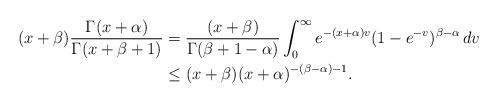
LaTeX: \begin{align*}(x+\beta)\frac{\Gamma(x+\alpha)}{\Gamma(x+\beta+1)}&=\frac{(x+\beta)}{\Gamma(\beta+1-\alpha)}\int_0^{\infty}e^{-(x+\alpha)v}(1-e^{-v})^{\beta-\alpha}\,dv\\&\le (x+\beta) (x+\alpha)^{-(\beta-\alpha)-1}.\end{align*}